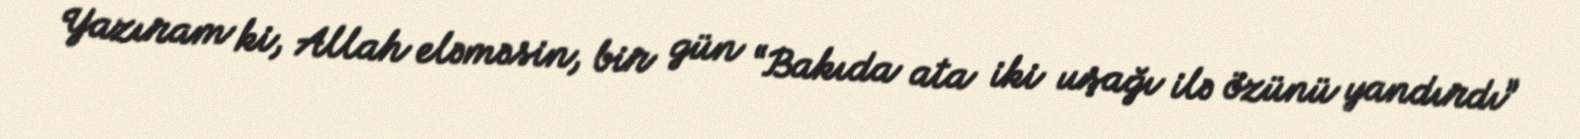
Yazıram ki, Allah eləməsin, bir gün “Bakıda ata iki uşağı ilə özünü yandırdı”